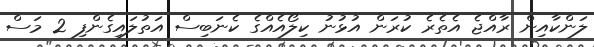
ލަންކާއިން ރާއްޖެ އެތެރެ ކުރަން އުޅުނު ކިލޯއެއްގެ ކެނަބިސް އަތުލައިގެންފި 2 މަސް